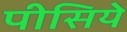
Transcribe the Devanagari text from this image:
पीसिये